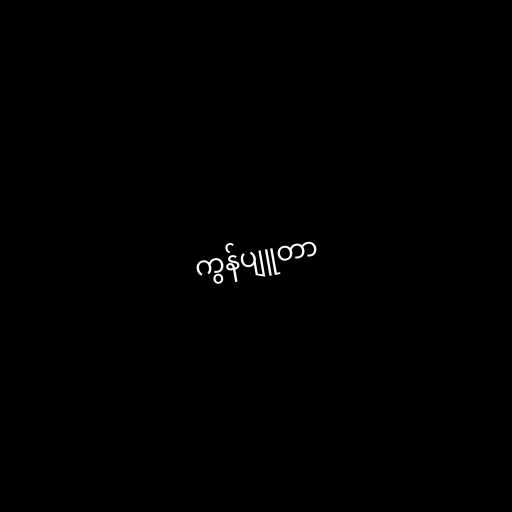
ကွန်ပျူတာ